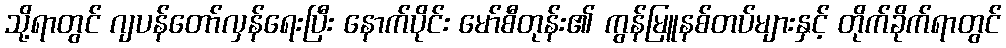
သို့ရာတွင် ဂျပန်တော်လှန်ရေးပြီး နောက်ပိုင်း မော်စီတုန်း၏ ကွန်မြူနစ်တပ်များနှင့် တိုက်ခိုက်ရာတွင်